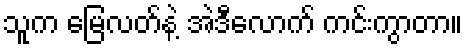
သူက မြေလတ်နဲ့ အဲဒီလောက် ကင်းကွာတာ။